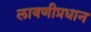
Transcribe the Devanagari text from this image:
लावणीप्रधान